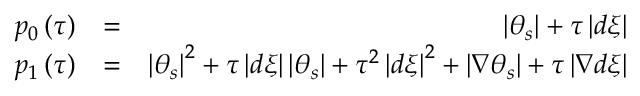
\begin{array} { r l r } { p _ { 0 } \left( \tau \right) } & { = } & { \left\vert \theta _ { s } \right\vert + \tau \left\vert d \xi \right\vert } \\ { p _ { 1 } \left( \tau \right) } & { = } & { \left\vert \theta _ { s } \right\vert ^ { 2 } + \tau \left\vert d \xi \right\vert \left\vert \theta _ { s } \right\vert + \tau ^ { 2 } \left\vert d \xi \right\vert ^ { 2 } + \left\vert \nabla \theta _ { s } \right\vert + \tau \left\vert \nabla d \xi \right\vert } \end{array}